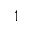
^ 1